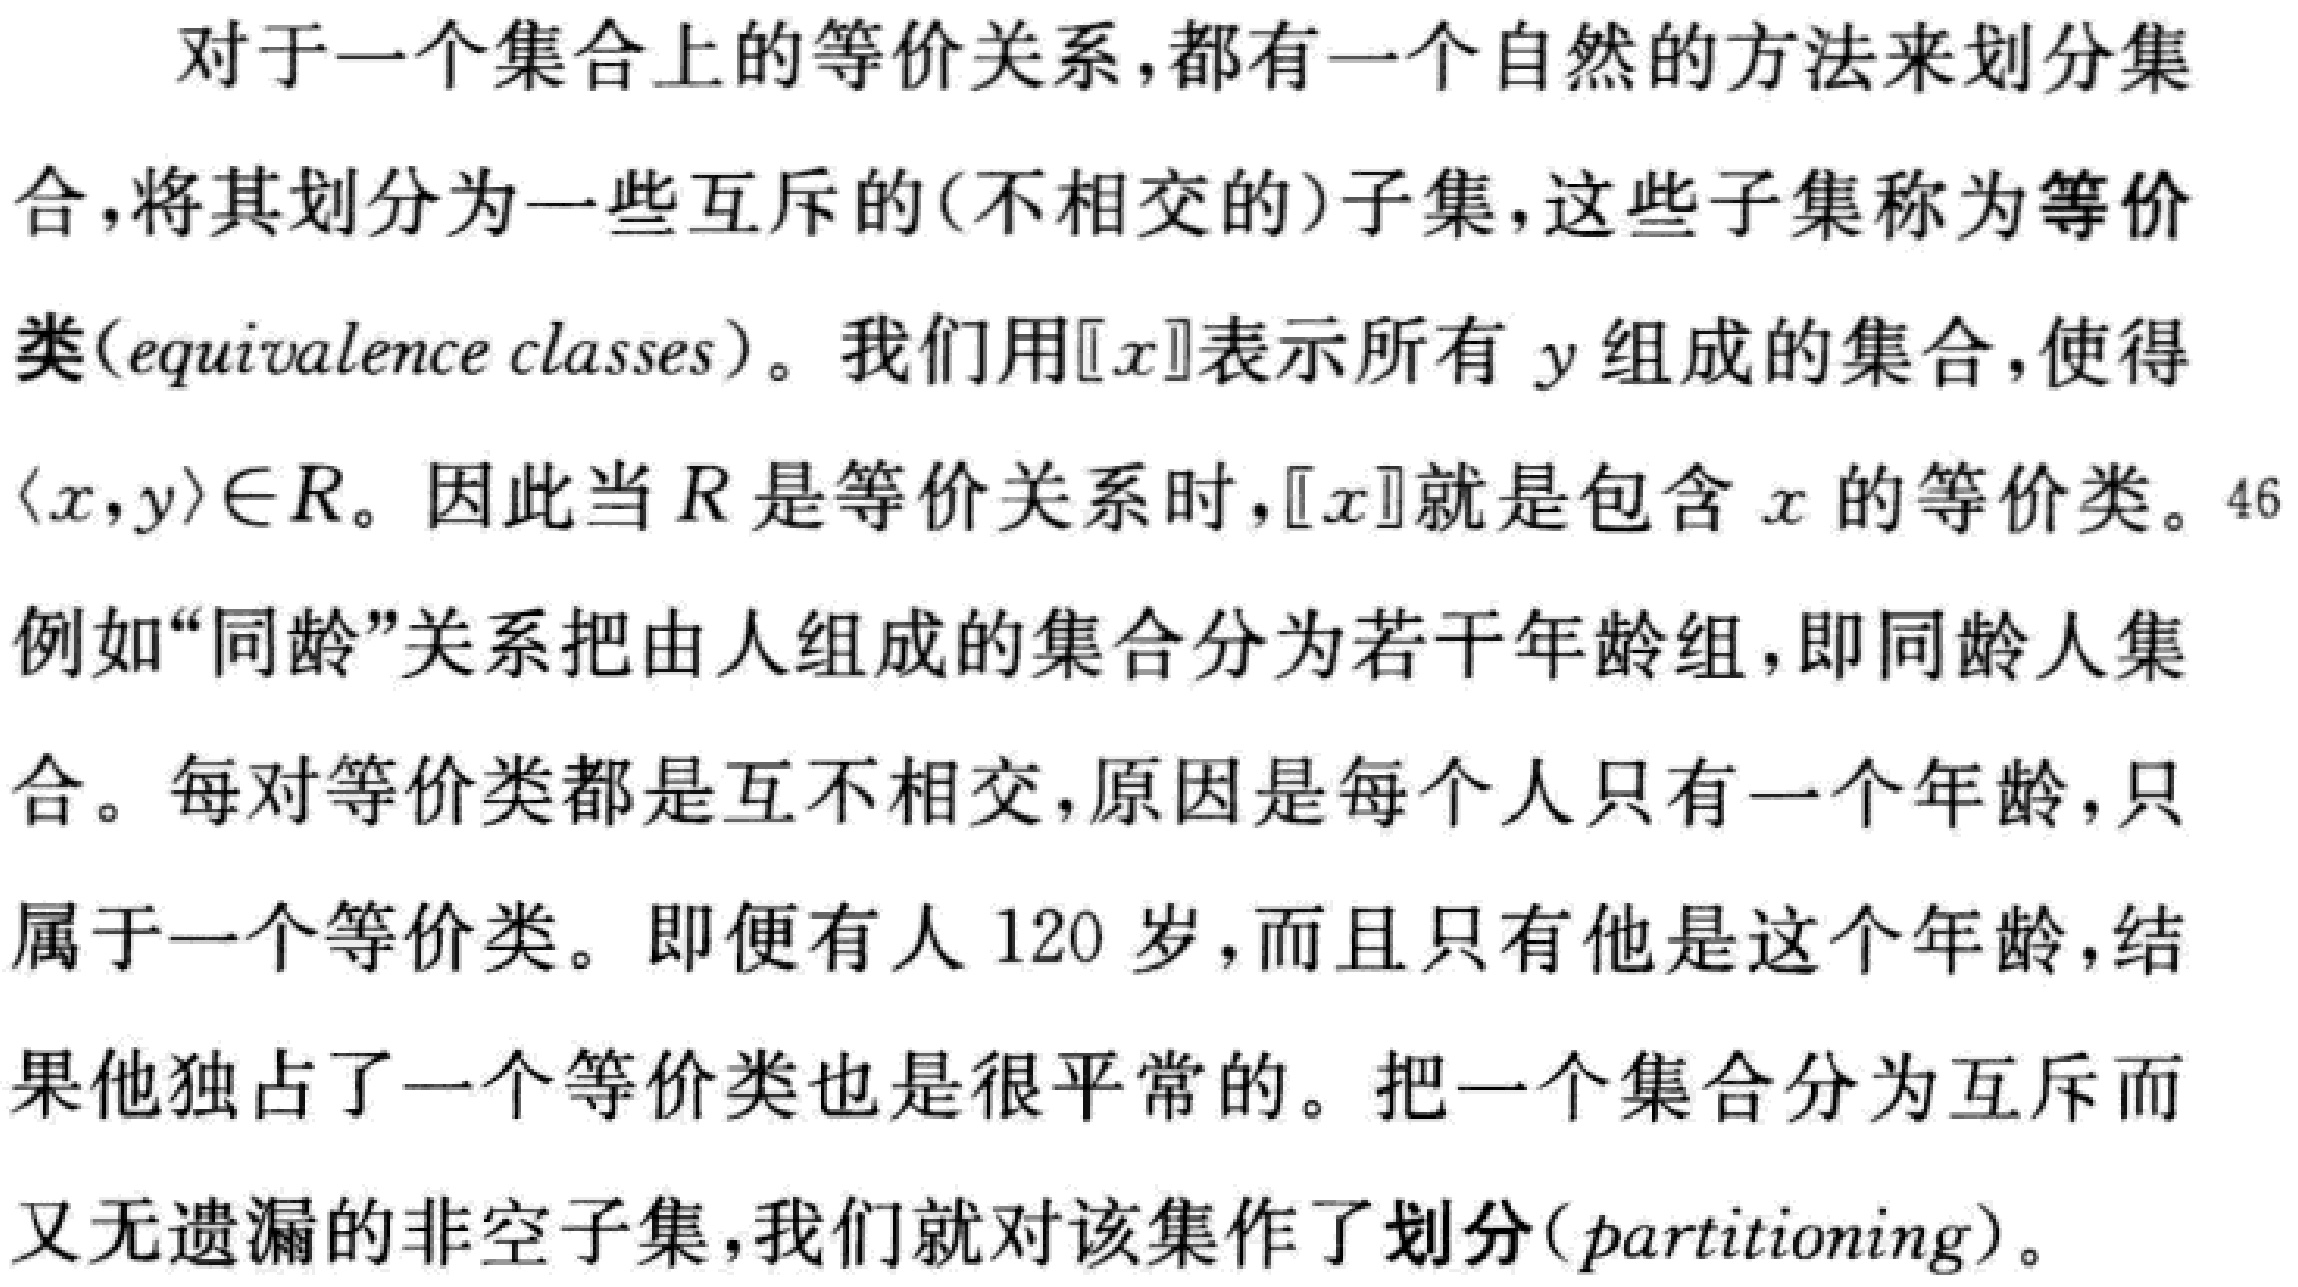
对于一个集合上的等价关系，都有一个自然的方法来划分集合，将其划分为一些互斥的(不相交的)子集，这些子集称为等价类(equivalence classes)。我们用\([[x]]\)表示所有 \(y\) 组成的集合，使得\(\langle x,y\rangle\in R\)。因此当 \(R\) 是等价关系时，\([[x]]\)就是包含 \(x\) 的等价类。例如“同龄”关系把由人组成的集合分为若干年龄组，即同龄人集合。每对等价类都是互不相交，原因是每个人只有一个年龄，只属于一个等价类。即便有人 120 岁，而且只有他是这个年龄，结果他独占了一个等价类也是很平常的。把一个集合分为互斥而又无遗漏的非空子集，我们就对该集作了划分(partitioning)。